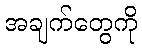
အချက်တွေကို